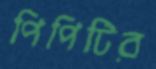
পিপিটির